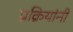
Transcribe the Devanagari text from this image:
प्रक्रियांनी